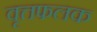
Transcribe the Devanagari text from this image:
वृत्तफलक